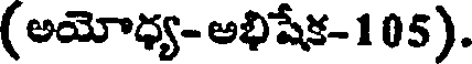
( అయోధ్య- అభిషేక-105).